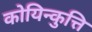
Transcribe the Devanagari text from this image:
कोयिन्कुत्ति